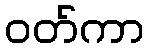
ဝတ်ကာ